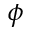
\phi